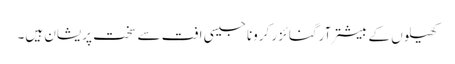
کھیلوں کے بیشتر آرگنائزر کرونا جیسی افت سے سخت پریشان ہیں۔